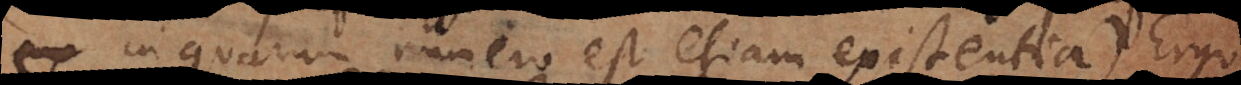
nes, in quarum numero est etiam existentia.) Ergo